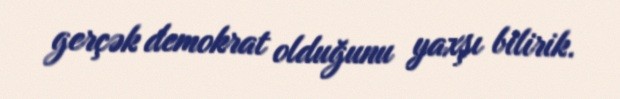
gerçək demokrat olduğunu yaxşı bilirik.